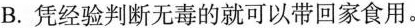
B.凭经验判断无毒的就可以带回家食用。